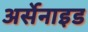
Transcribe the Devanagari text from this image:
अर्सेनाइड